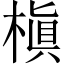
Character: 槇